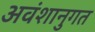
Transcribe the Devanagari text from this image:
अवंशानुगत